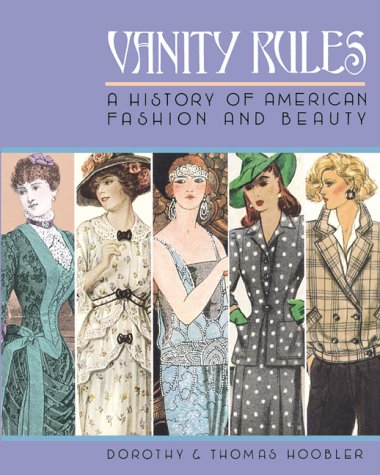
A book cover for Vanity Rules: History of American Fashion and Beauty; Dorothy Hoobler; Teen & Young Adult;